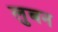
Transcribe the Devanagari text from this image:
लुबन